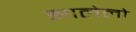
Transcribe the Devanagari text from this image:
झालेलो